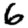
Digit: 6